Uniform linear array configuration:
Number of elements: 4
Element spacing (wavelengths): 1
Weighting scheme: hamming
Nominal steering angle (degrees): -30
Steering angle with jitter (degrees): -28.103
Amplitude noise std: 0.05
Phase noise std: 0.05

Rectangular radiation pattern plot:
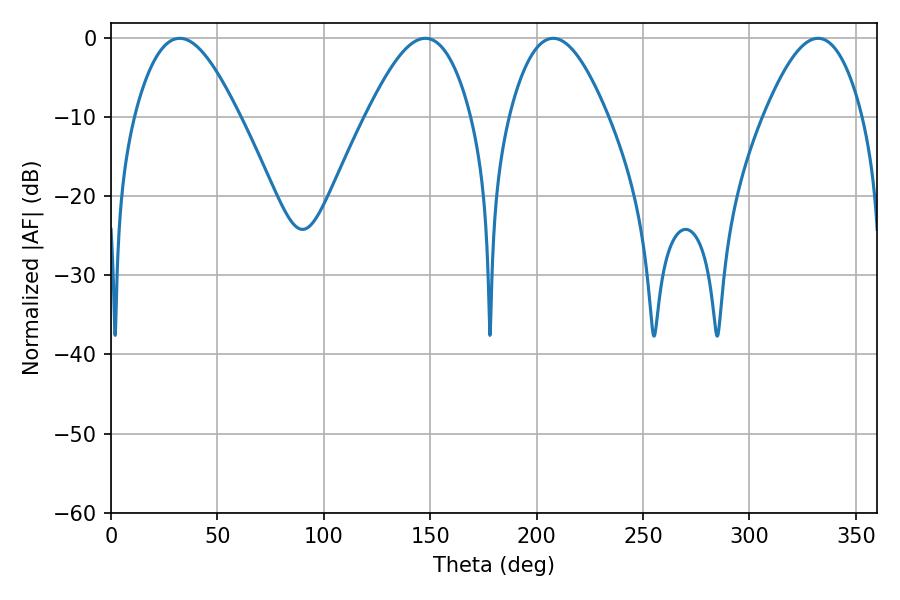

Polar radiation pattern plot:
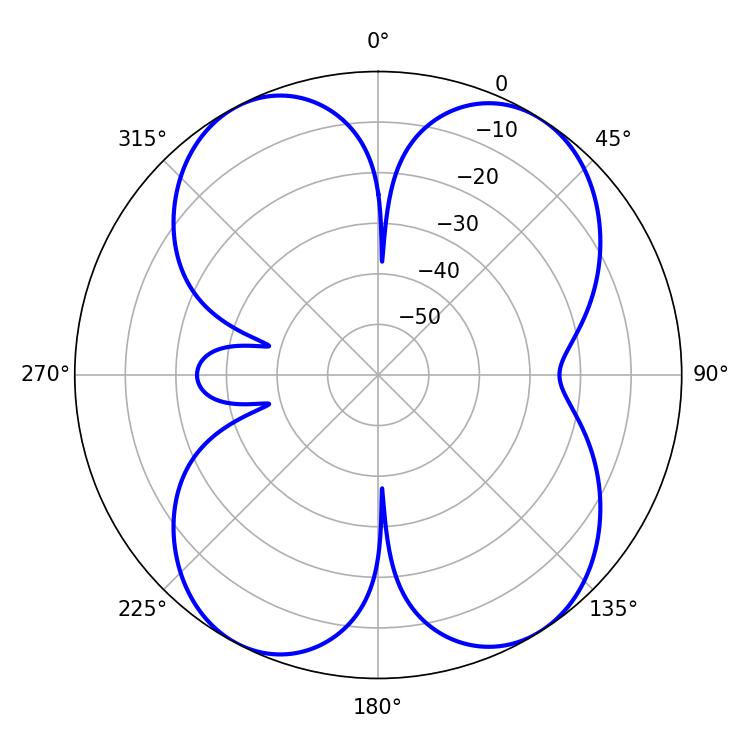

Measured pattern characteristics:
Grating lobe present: TRUE
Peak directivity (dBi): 12.838
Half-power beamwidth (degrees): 25.38
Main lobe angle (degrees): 207.72